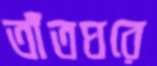
তাঁতঘরে